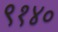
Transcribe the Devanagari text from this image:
९१४०